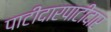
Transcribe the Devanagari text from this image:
पाटीदारपाटीदार